Report on horse surra - Volume I
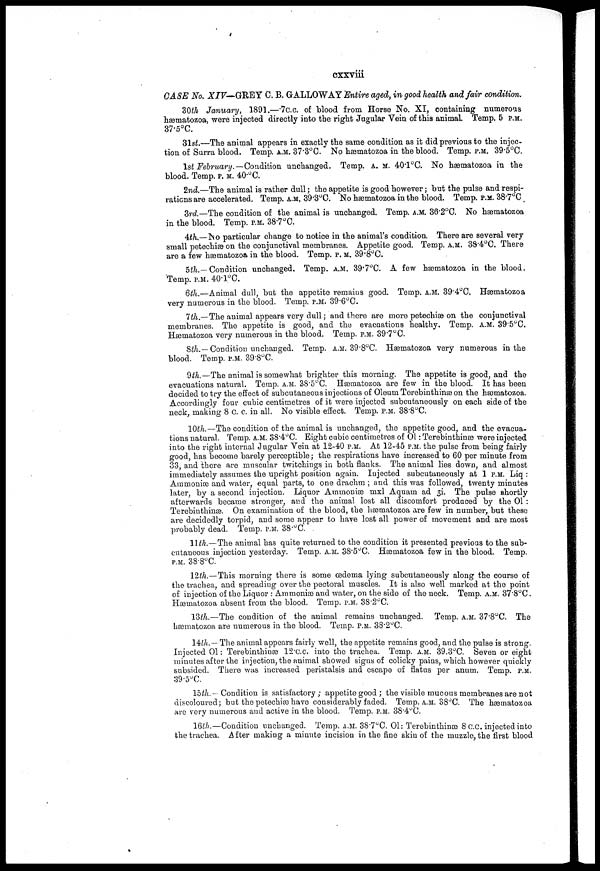
cxxviii
CASE No. XIV—GREY C. B. GALLOWAY Entire aged, in good health and fair condition,
30th January, 1891.—7C.C. of blood from Horse No. XI, containing numerous
hæmatozoa, were injected directly into the right Jugular Vein of this animal. Temp. 5 P.M.
37.5°C.
31st.—The animal appears in exactly the same condition as it did previous to the injec-
tion of Surra blood. Temp. A.M. 37.3°C. No hæmatozoa in the blood. Temp. P.M. 39.5°C.
1st February.—Condition unchanged. Temp. A. M. 40.1°C. No hæmatozoa in the
blood. Temp. P.M. 40.°C.
2nd.—The animal is rather dull; the appetite is good however; but the pulse and respi-
rations are accelerated. Temp, A.M, 39.3°C. No hæmatozoa in the blood. Temp. P.M. 38.7°C
3rd—The condition of the animal is unchanged. Temp. A.M. 36.2°C. No hæmatozoa
in the blood. Temp. P.M. 38.7°C.
4th.—No particular change to notice in the animal's condition. There are several very
small petechiæ on the conjunctival membranes. Appetite good. Temp. A.M. 38.4°C. There
are a few hæmatozoa in the blood. Temp. P. M. 39.8°C.
5th.— Condition unchanged. Temp. A.M. 39.7°C. A few hæmatozoa in the blood.
Temp. P.M. 40.1°C.
6th.—Animal dull, but the appetite remains good. Temp. A.M. 39.4°C, Hæmatozoa
very numerous in the blood. Temp. P.M. 89.6°C.
7th.—The animal appears very dull; and there are more petechiæ on the conjunctival
membranes. The appetite is good, and the evacuations healthy. Temp. A.M. 39.5°C.
Hæmatozoa very numerous in the blood. Temp. P.M. 39.7°C.
8th.—Condition unchanged. Temp. A.M. 39.8°C. Hæmatozoa very numerous in the
blood. Temp. P.M. 39.8°C.
9th.—The animal is somewhat brighter this morning. The appetite is good, and the
evacuations natural. Temp. A.M. 38.5°C. Hæmatozoa are few in the blood. It has been
decided to try the effect of subcutaneous injections of Oleum Torebinthinæ on the hæmatozoa.
Accordingly four cubic centimetres of it were injected subcutaneously on each side of the
neck, making 8 c. c. in all. No visible effect. Temp. P.M. 38.8°C.
10th.—The condition of the animal is unchanged, the appetite good, and the evacua-
tions natural. Temp. A.M. 38.4°C. Eight cubic centimetres of 01: Terebinthinæ were injected
into the right internal Jugular Vein at 12-40 P.M. At 12-45 P.M. the pulse from being fairly
good, has become barely perceptible; the respirations have increased to 60 per minute from
33, and there are muscular twitchings in both flanks. The animal lies down, and almost
immediately assumes the upright position again. Injected subcutaneously at 1 P.M. Liq :
Ammoniæ and water, equal parts, to one drachm ; and this was followed, twenty minutes
later, by a second injection. Liquor Ammoniæ mxl Aquam ad 3i. The pulse shortly
afterwards became stronger, and the animal lost all discomfort produced by the 01 :
Terebinthinæ. On examination of the blood, the hæmatozoa are few in number, but these
are decidedly torpid, and some appear to have lost all power of movement and are most
probably dead. Temp. P.M. 38.°C.
11 th.—The animal has quite returned to the condition it presented previous to the sub
cutaneous injection yesterday. Temp. A.M. 38.5°C. Hæmatozoa few in the blood. Temp.
P.M. 38.8°C.
12 th.—This morning there is some œdema lying subcutaneously along the course of
the trachea, and spreading over the pectoral muscles. It is also well marked at the point
of injection of the Liquor : Ammonias and water, on the side of the neck. Temp. A.M. 37.8°C.
Hæmatozoa absent from the blood. Temp. P.M. 38.2°C.
13th.—The condition of the animal remains unchanged. Temp. A.M. 37.8°C. The
hæmatozoa are numerous in the blood. Temp. P.M. 38.2°C.
14th. —The animal appears fairly well, the appetite remains good, and the pulse is stronp-
Injected 01: Terebinthinae 12.c.c. into the trachea. Temp. A.M. 39.3°C. Seven or eight
minutes after the injection, the animal showed signs of colicky pains, which however quickly
subsided. There was increased peristalsis and escape of flatus per anum. Temp P .M
39.5°C.
15th.—Condition is satisfactory ; appetite good ; the visible mucous membranes are not
discoloured; but the petechiæ have considerably faded. Temp. A.M. 38°C. The hæmatozoa
are very numerous and active in the blood. Temp. P.M. 38.4°C.
16th.—Condition unchanged. Temp. A.M. 38.7°C. 01: Terebinthinae 8 c.c. injected into
the trachea. After making a minute incision in the fine skin of the muzzle, the first blood